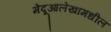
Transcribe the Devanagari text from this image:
मेंदूआलेखामधील